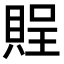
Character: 𧶔